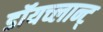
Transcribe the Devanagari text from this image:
डॉयच्लान्ट्